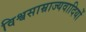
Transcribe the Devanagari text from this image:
विश्वसाम्राज्यवादियों